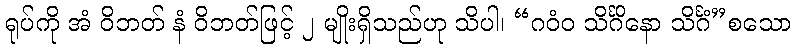
ရုပ်ကို အံ ဝိဘတ် နံ ဝိဘတ်ဖြင့် ၂ မျိုးရှိသည်ဟု သိပါ၊ “ဂဝံဝ သိင်္ဂိနော သိင်္ဂံ”စသော